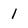
Character: 1